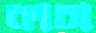
কাচা